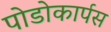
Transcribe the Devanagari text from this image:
पोडोकार्पस